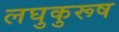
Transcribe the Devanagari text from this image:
लघुकुरूष